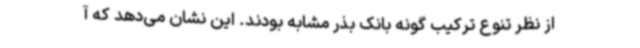
از نظر تنوع ترکیب گونه بانک بذر مشابه بودند. این نشان می‌دهد که آ